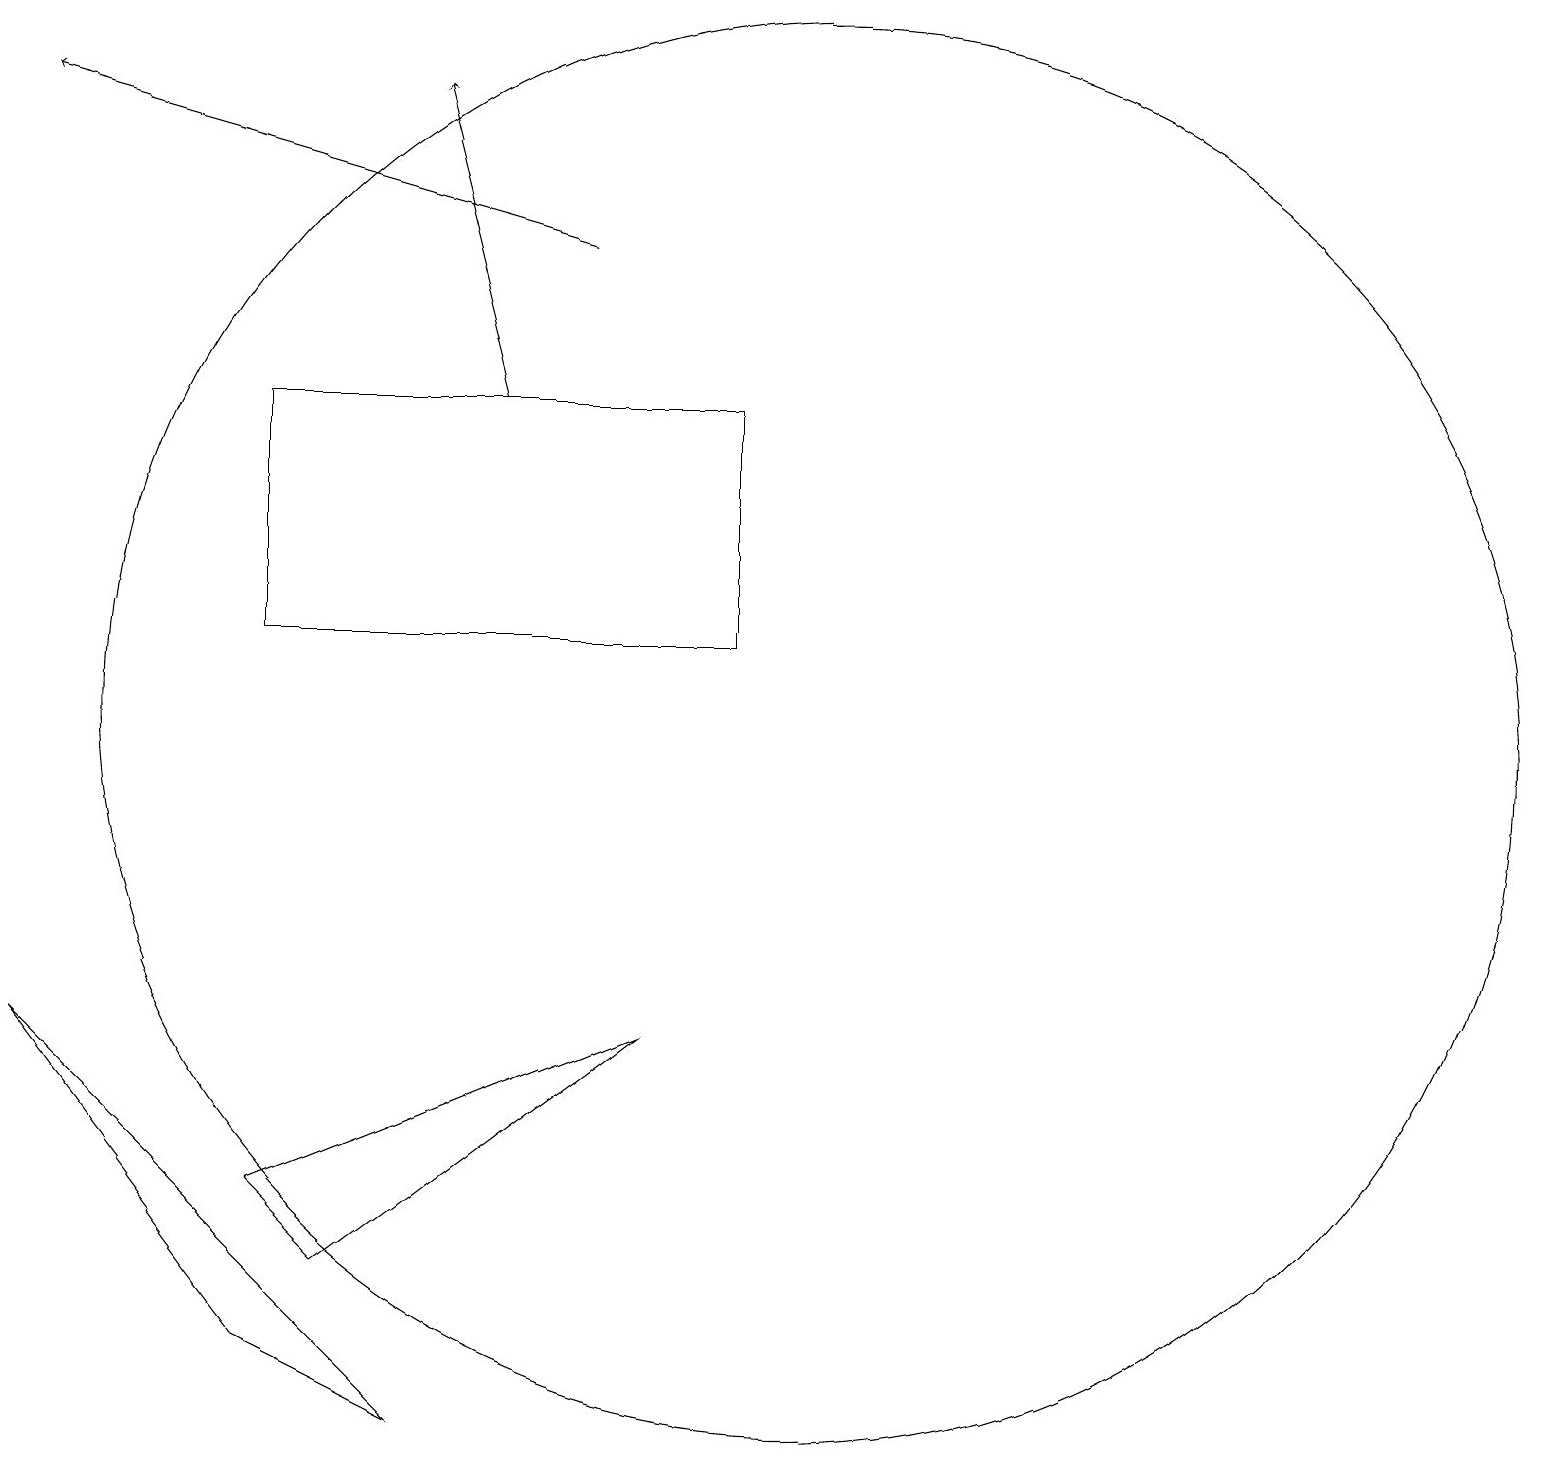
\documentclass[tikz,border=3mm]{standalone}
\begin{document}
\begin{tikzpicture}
\draw (8,6) -- (4,3) -- (3,4) -- cycle;
\draw[->] (6,14) -- (5,18);
\draw (9,14) rectangle (3,11);
\draw (0,6) -- (3,2) -- (5,1) -- cycle;
\draw[->] (7,16) -- (0,18);
\draw (10,10) circle (9);
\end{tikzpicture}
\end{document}